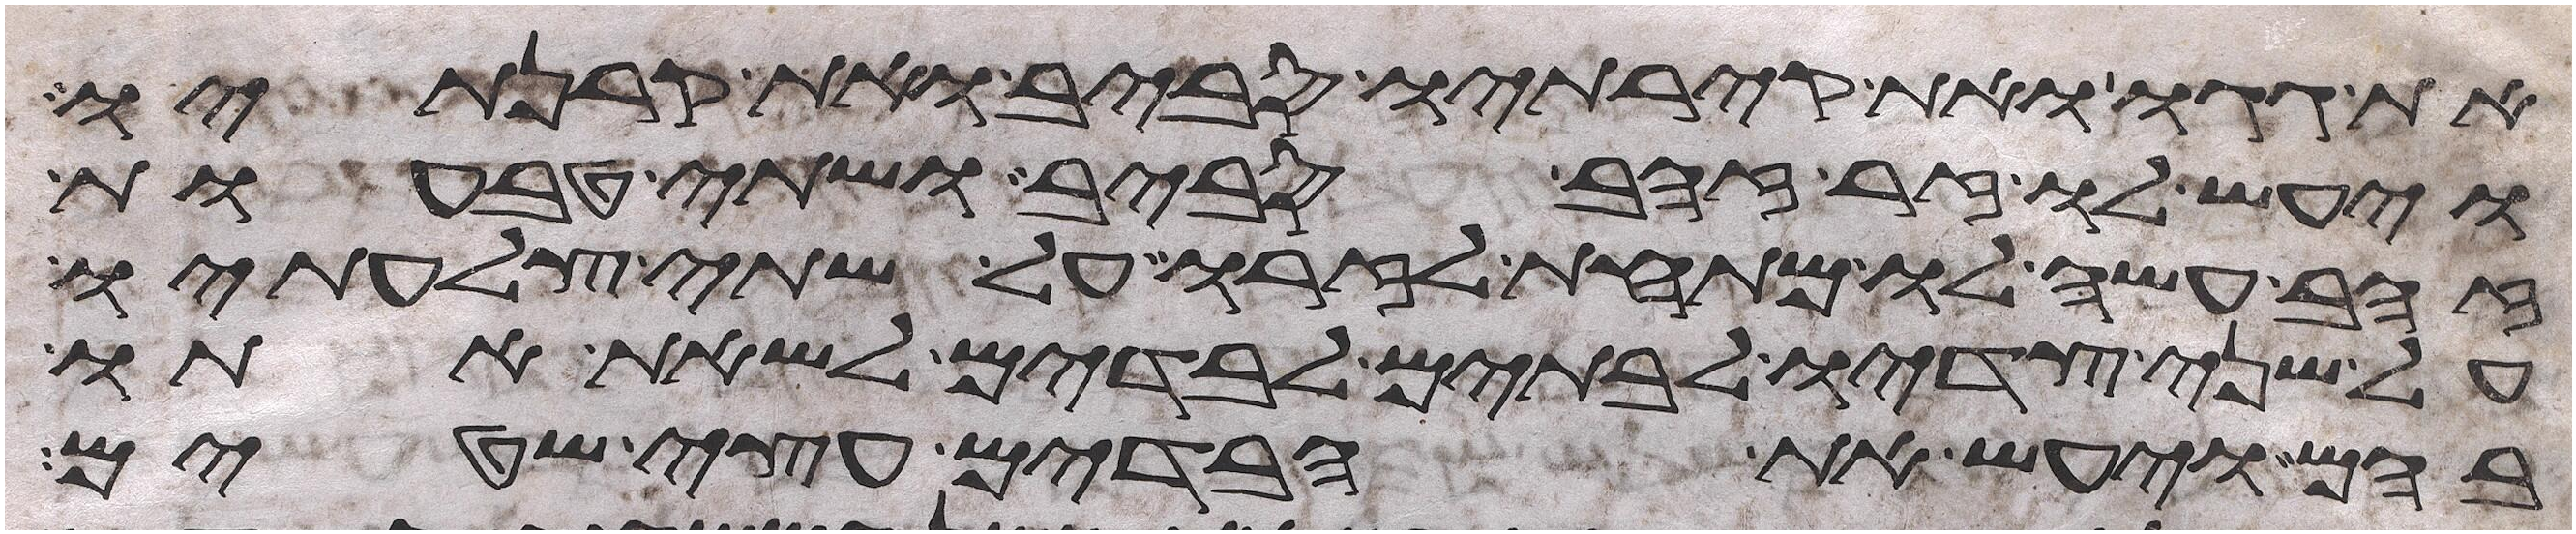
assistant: את גגו ואת קירתיו סביב ואת קרנתיו
ויעש לו זר זהב סביב ושתי טבעות
זהב עשה לו מתחת לזרו על שתי צלעתיו
על שני צדיו לבתים לבדים לשאת אתו
בהם ויעש את הבדים עצי שטים